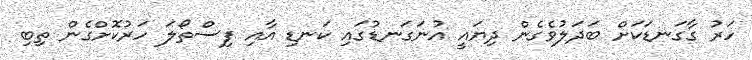
ހަރު ގާގަނޑަކަށް ބަދަލުވެގެން ދިޔައީ އުނަގަނޑުގައި ކަނޑި އާއި ފިސްތޯލަ ހަރުކޮށްގެން ތިބި